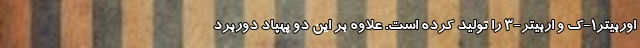
اوربیتر۱‌-ک و اربیتر-۳ را تولید کرده است. علاوه بر این دو پهپاد دوربرد